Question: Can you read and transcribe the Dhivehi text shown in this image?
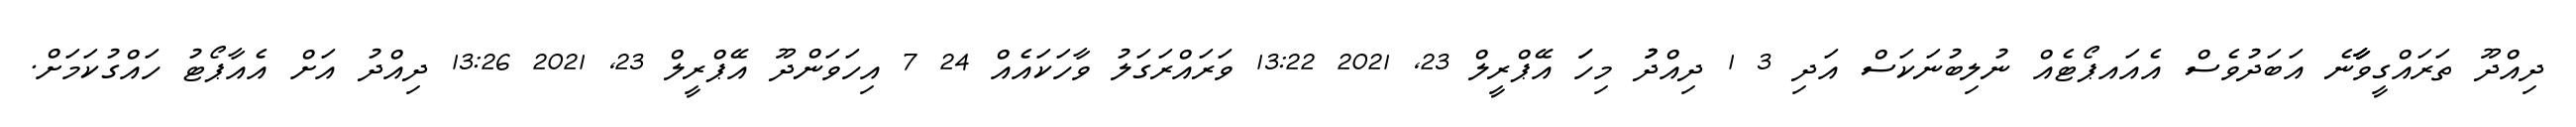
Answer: ދިއްދޫ ތަރައްގީވާާާނެ އަބަދުވެސް އެއައޕޯޓެއް ނުލިބުނަކަސް އަދި 3 1 ދިއްދުު މިހަަ އޭޕްރީލް 23, 2021 13:22 ވަރައްރަގަލު ވާހަކައެއް 24 7 އިހަވަންދޫ އޭޕްރީލް 23, 2021 13:26 ދިއްދު އަށް އެއާޕޯޓު ހައްގުކަމަށް.